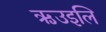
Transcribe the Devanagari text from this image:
ऋउइलि